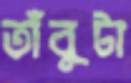
তাঁবুটা